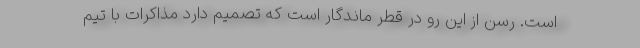
است. رسن از این رو در قطر ماندگار است که تصمیم دارد مذاکرات با تیم